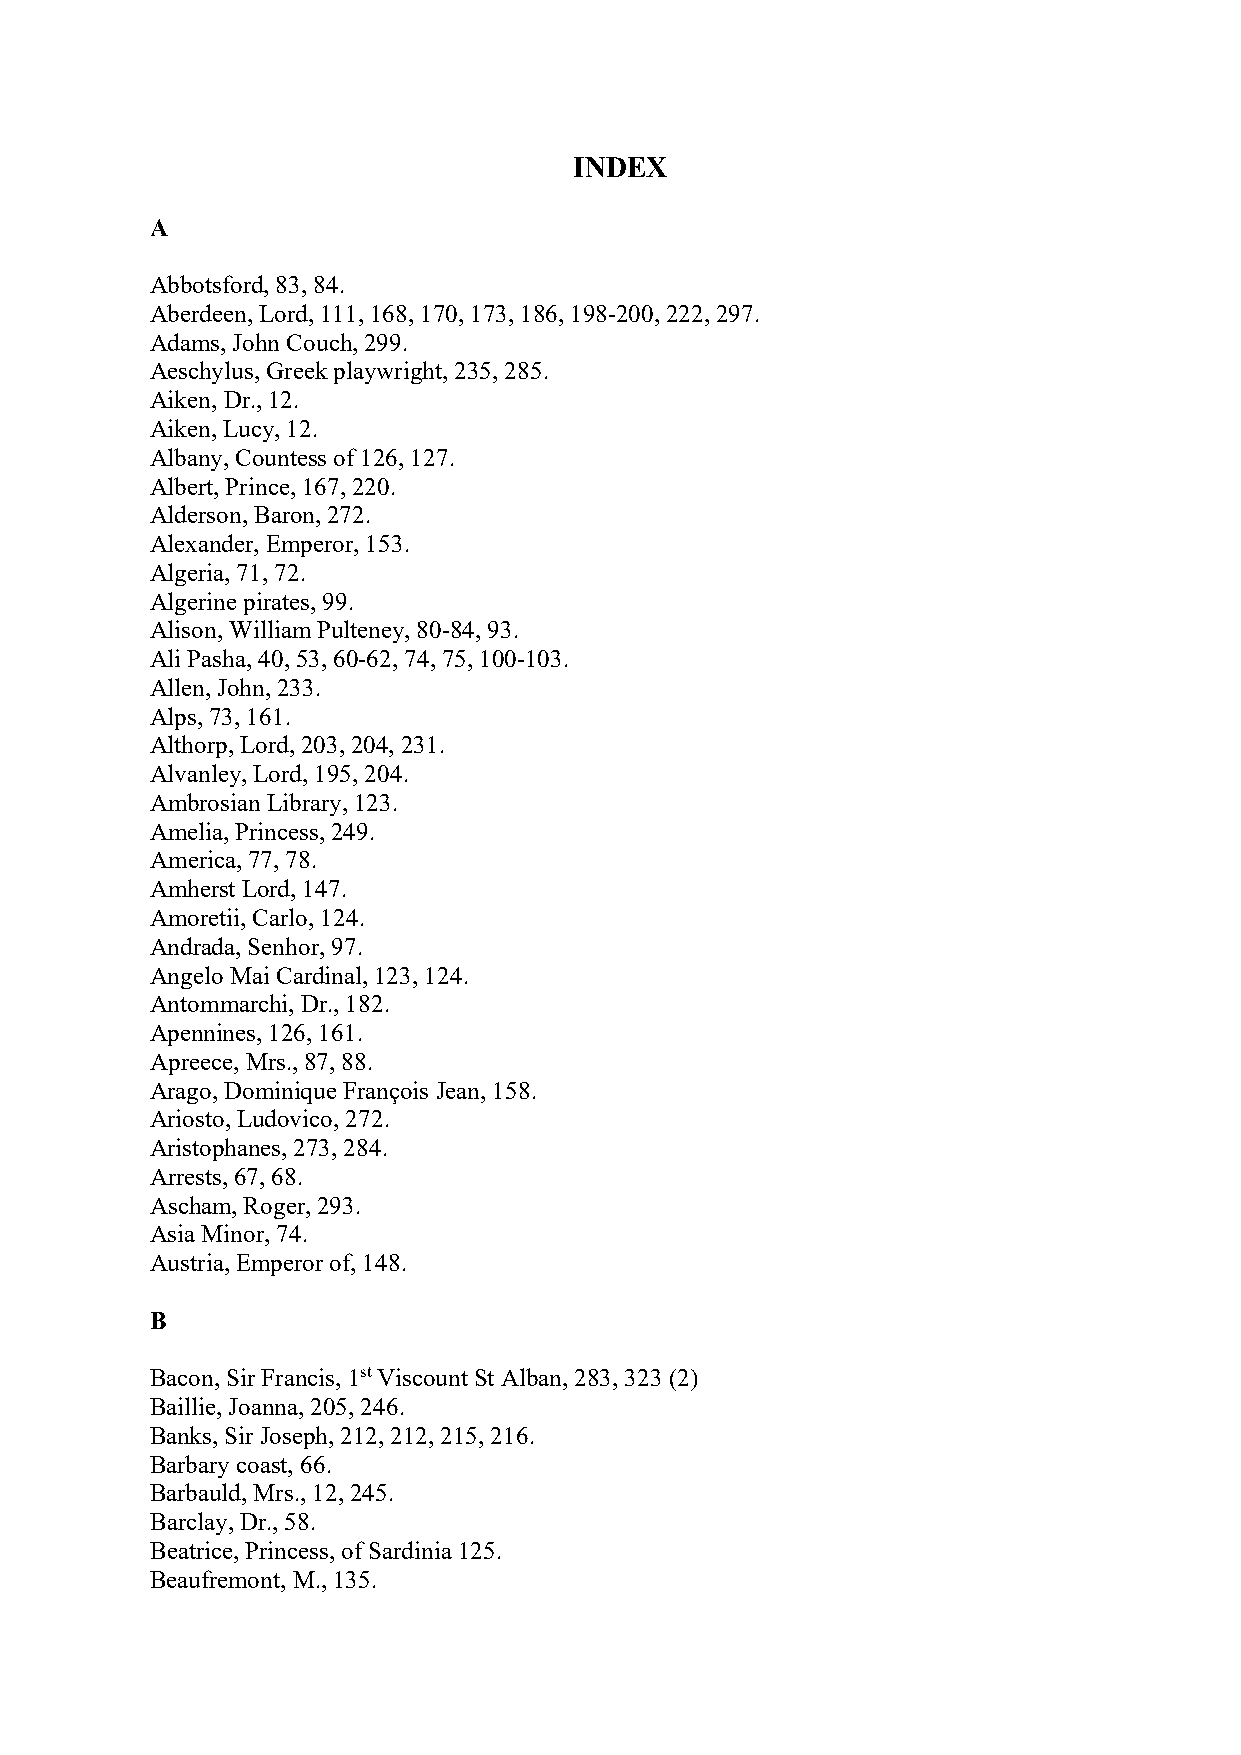
INDEX
 A
 Abbotsford, 83, 84.
 Aberdeen, Lord, 111, 168, 170, 173, 186, 198-200, 222, 297.
 Adams, John Couch, 299.
 Aeschylus, Greek playwright, 235, 285.
 Aiken, Dr., 12.
 Aiken, Lucy, 12.
 Albany, Countess of 126, 127.
 Albert, Prince, 167, 220.
 Alderson, Baron, 272.
 Alexander, Emperor, 153.
 Algeria, 71, 72.
 Algerine pirates, 99.
 Alison, William Pulteney, 80-84, 93.
 Ali Pasha, 40, 53, 60-62, 74, 75, 100-103.
 Allen, John, 233.
 Alps, 73, 161.
 Althorp, Lord, 203, 204, 231.
 Alvanley, Lord, 195, 204.
 Ambrosian Library, 123.
 Amelia, Princess, 249.
 America, 77, 78.
 Amherst Lord, 147.
 Amoretii, Carlo, 124.
 Andrada, Senhor, 97.
 Angelo Mai Cardinal, 123, 124.
 Antommarchi, Dr., 182.
 Apennines, 126, 161.
 Apreece, Mrs., 87, 88.
 Arago, Dominique François Jean, 158.
 Ariosto, Ludovico, 272.
 Aristophanes, 273, 284.
 Arrests, 67, 68.
 Ascham, Roger, 293.
 Asia Minor, 74.
 Austria, Emperor of, 148.
 B
 Bacon, Sir Francis, 1st Viscount St Alban, 283, 323 (2)
 Baillie, Joanna, 205, 246.
 Banks, Sir Joseph, 212, 212, 215, 216.
 Barbary coast, 66.
 Barbauld, Mrs., 12, 245.
 Barclay, Dr., 58.
 Beatrice, Princess, of Sardinia 125.
 Beaufremont, M., 135.